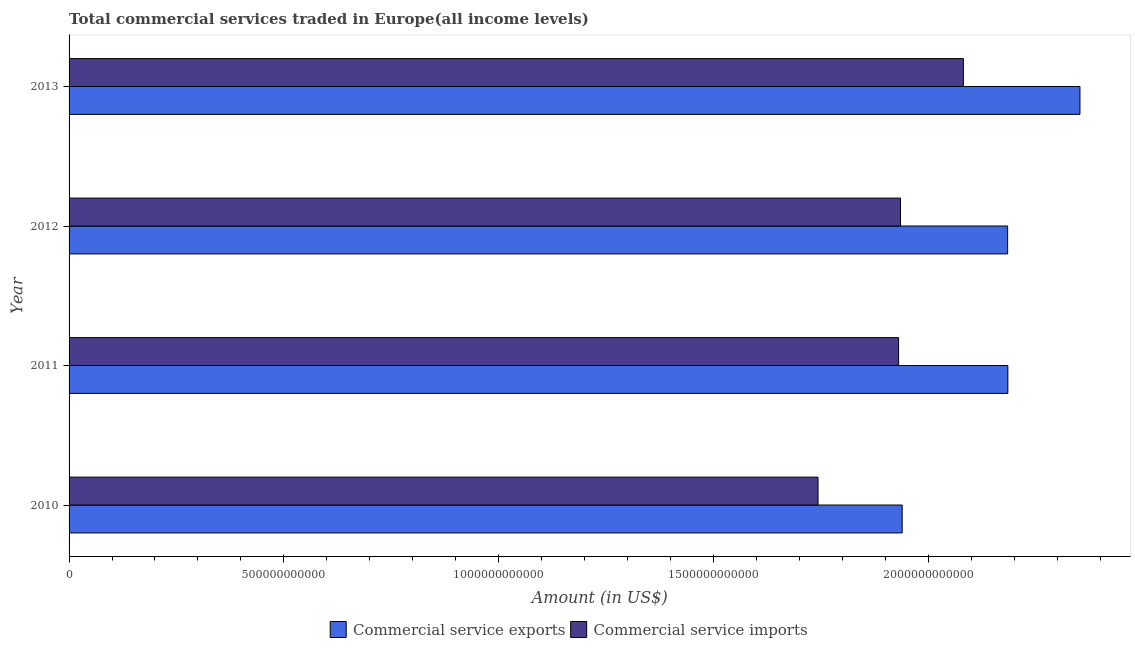
| Year | Commercial service exports | Commercial service imports |
 | --- | --- | --- |
 | 2010 | 1.94e+12 | 1.74e+12 |
 | 2011 | 2.19e+12 | 1.93e+12 |
 | 2012 | 2.18e+12 | 1.94e+12 |
 | 2013 | 2.35e+12 | 2.08e+12 |